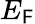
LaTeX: E_{\mathsf{F}}